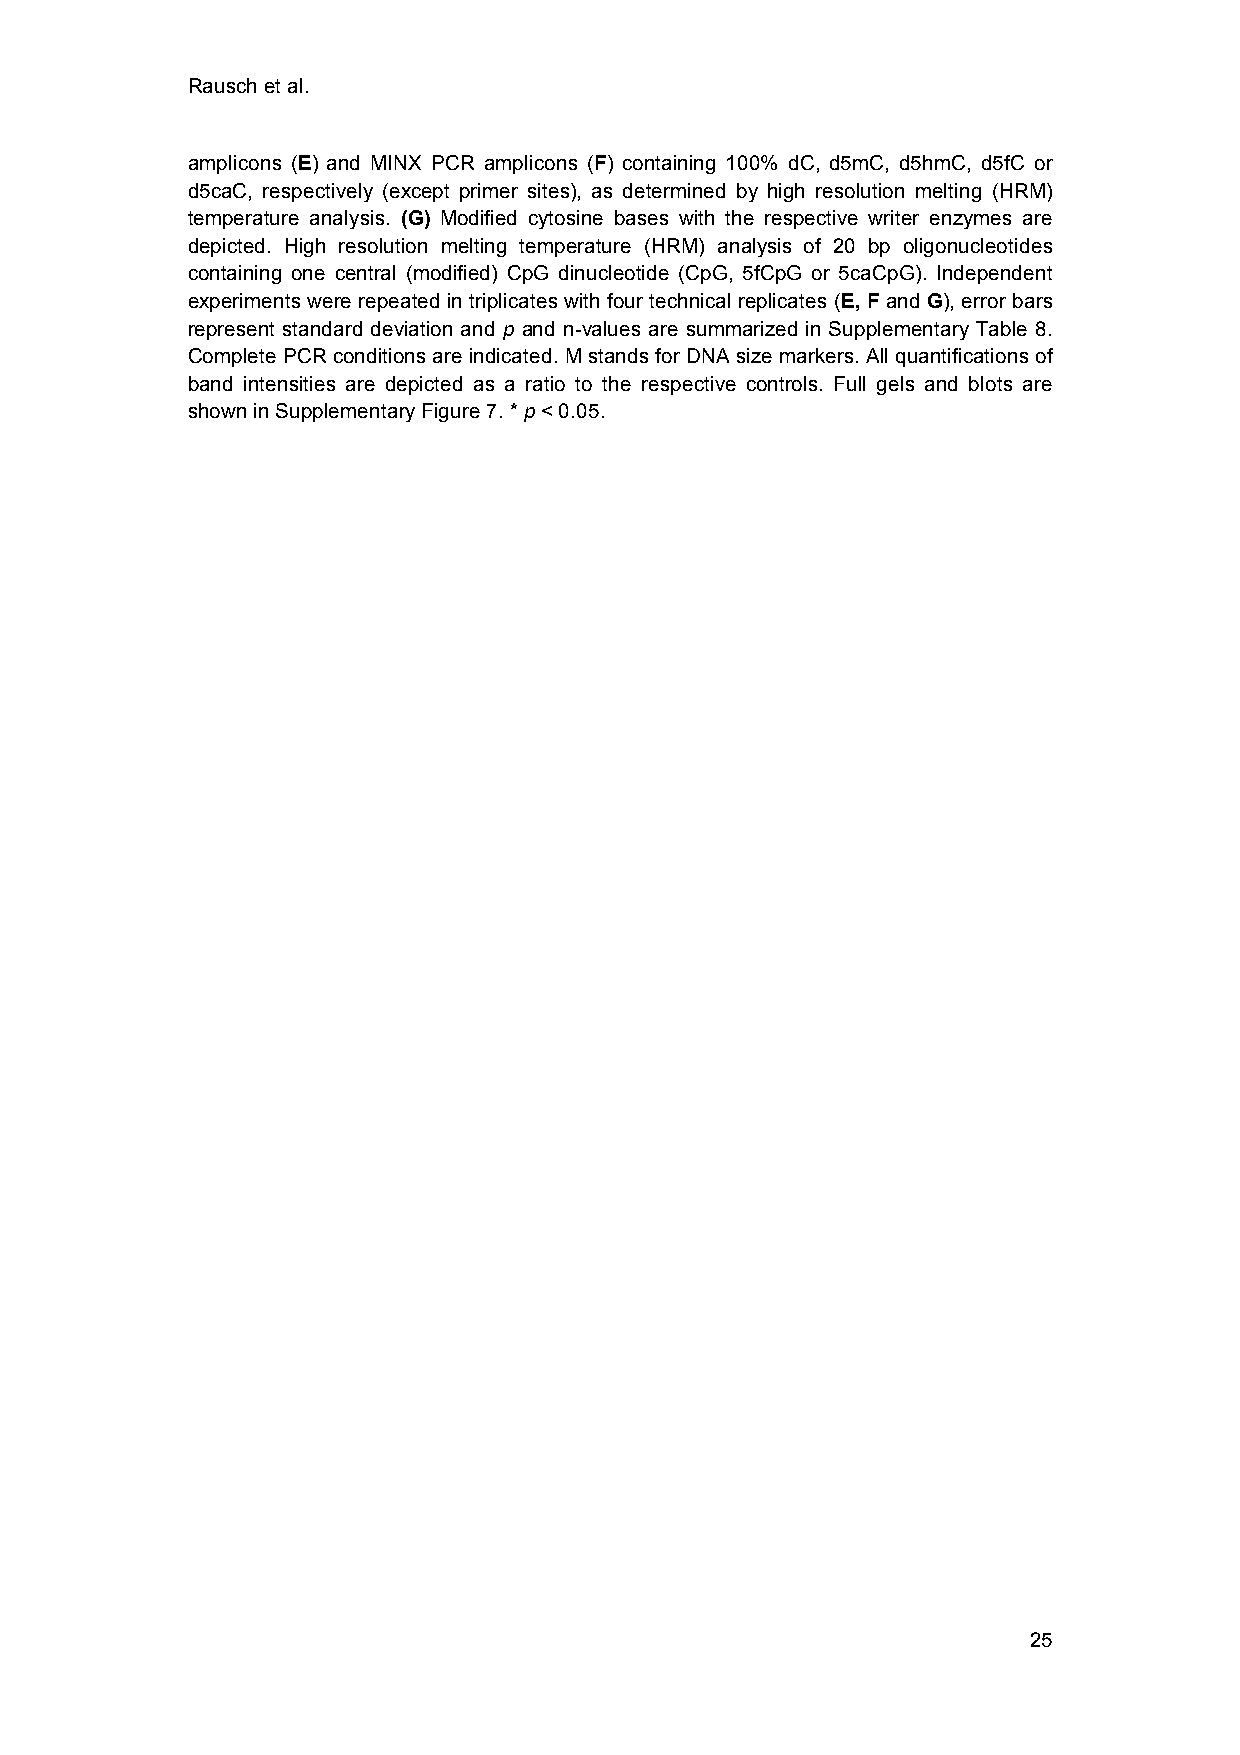
Rausch et al.
 amplicons (E) and MINX PCR amplicons (F) containing 100% dC, d5mC, d5hmC, d5fC or
 d5caC, respectively (except primer sites), as determined by high resolution melting (HRM)
 temperature analysis. (G) Modified cytosine bases with the respective writer enzymes are
 depicted. High resolution melting temperature (HRM) analysis of 20 bp oligonucleotides
 containing one central (modified) CpG dinucleotide (CpG, 5fCpG or 5caCpG). Independent
 experiments were repeated in triplicates with four technical replicates (E, F and G), error bars
 represent standard deviation and p and n-values are summarized in Supplementary Table 8.
 Complete PCR conditions are indicated. M stands for DNA size markers. All quantifications of
 band intensities are depicted as a ratio to the respective controls. Full gels and blots are
 shown in Supplementary Figure 7. * p < 0.05.
 25